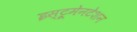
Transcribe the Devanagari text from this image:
इस्ट्रूमेनटेशन